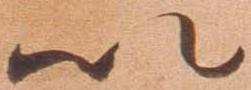
以